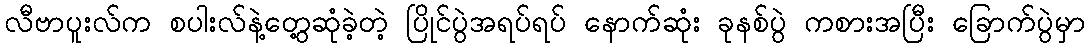
လီဗာပူးလ်က စပါးလ်နဲ့တွေ့ဆုံခဲ့တဲ့ ပြိုင်ပွဲအရပ်ရပ် နောက်ဆုံး ခုနစ်ပွဲ ကစားအပြီး ခြောက်ပွဲမှာ